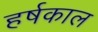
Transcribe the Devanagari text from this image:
हर्षकाल